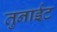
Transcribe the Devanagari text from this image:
तुनाईट